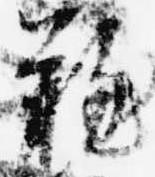
難